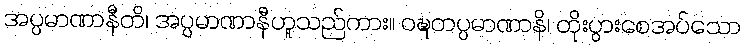
အပ္ပမာဏာနီတိ၊ အပ္ပမာဏာနီဟူသည်ကား။ ဝဍ္ဎတပ္ပမာဏာနိ၊ တိုးပွားစေအပ်သော